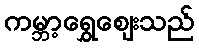
ကမ္ဘာ့ရွှေဈေးသည်